Vana-Kasaritsa_(Kasaritsa)_vallavalitsus, lk 13
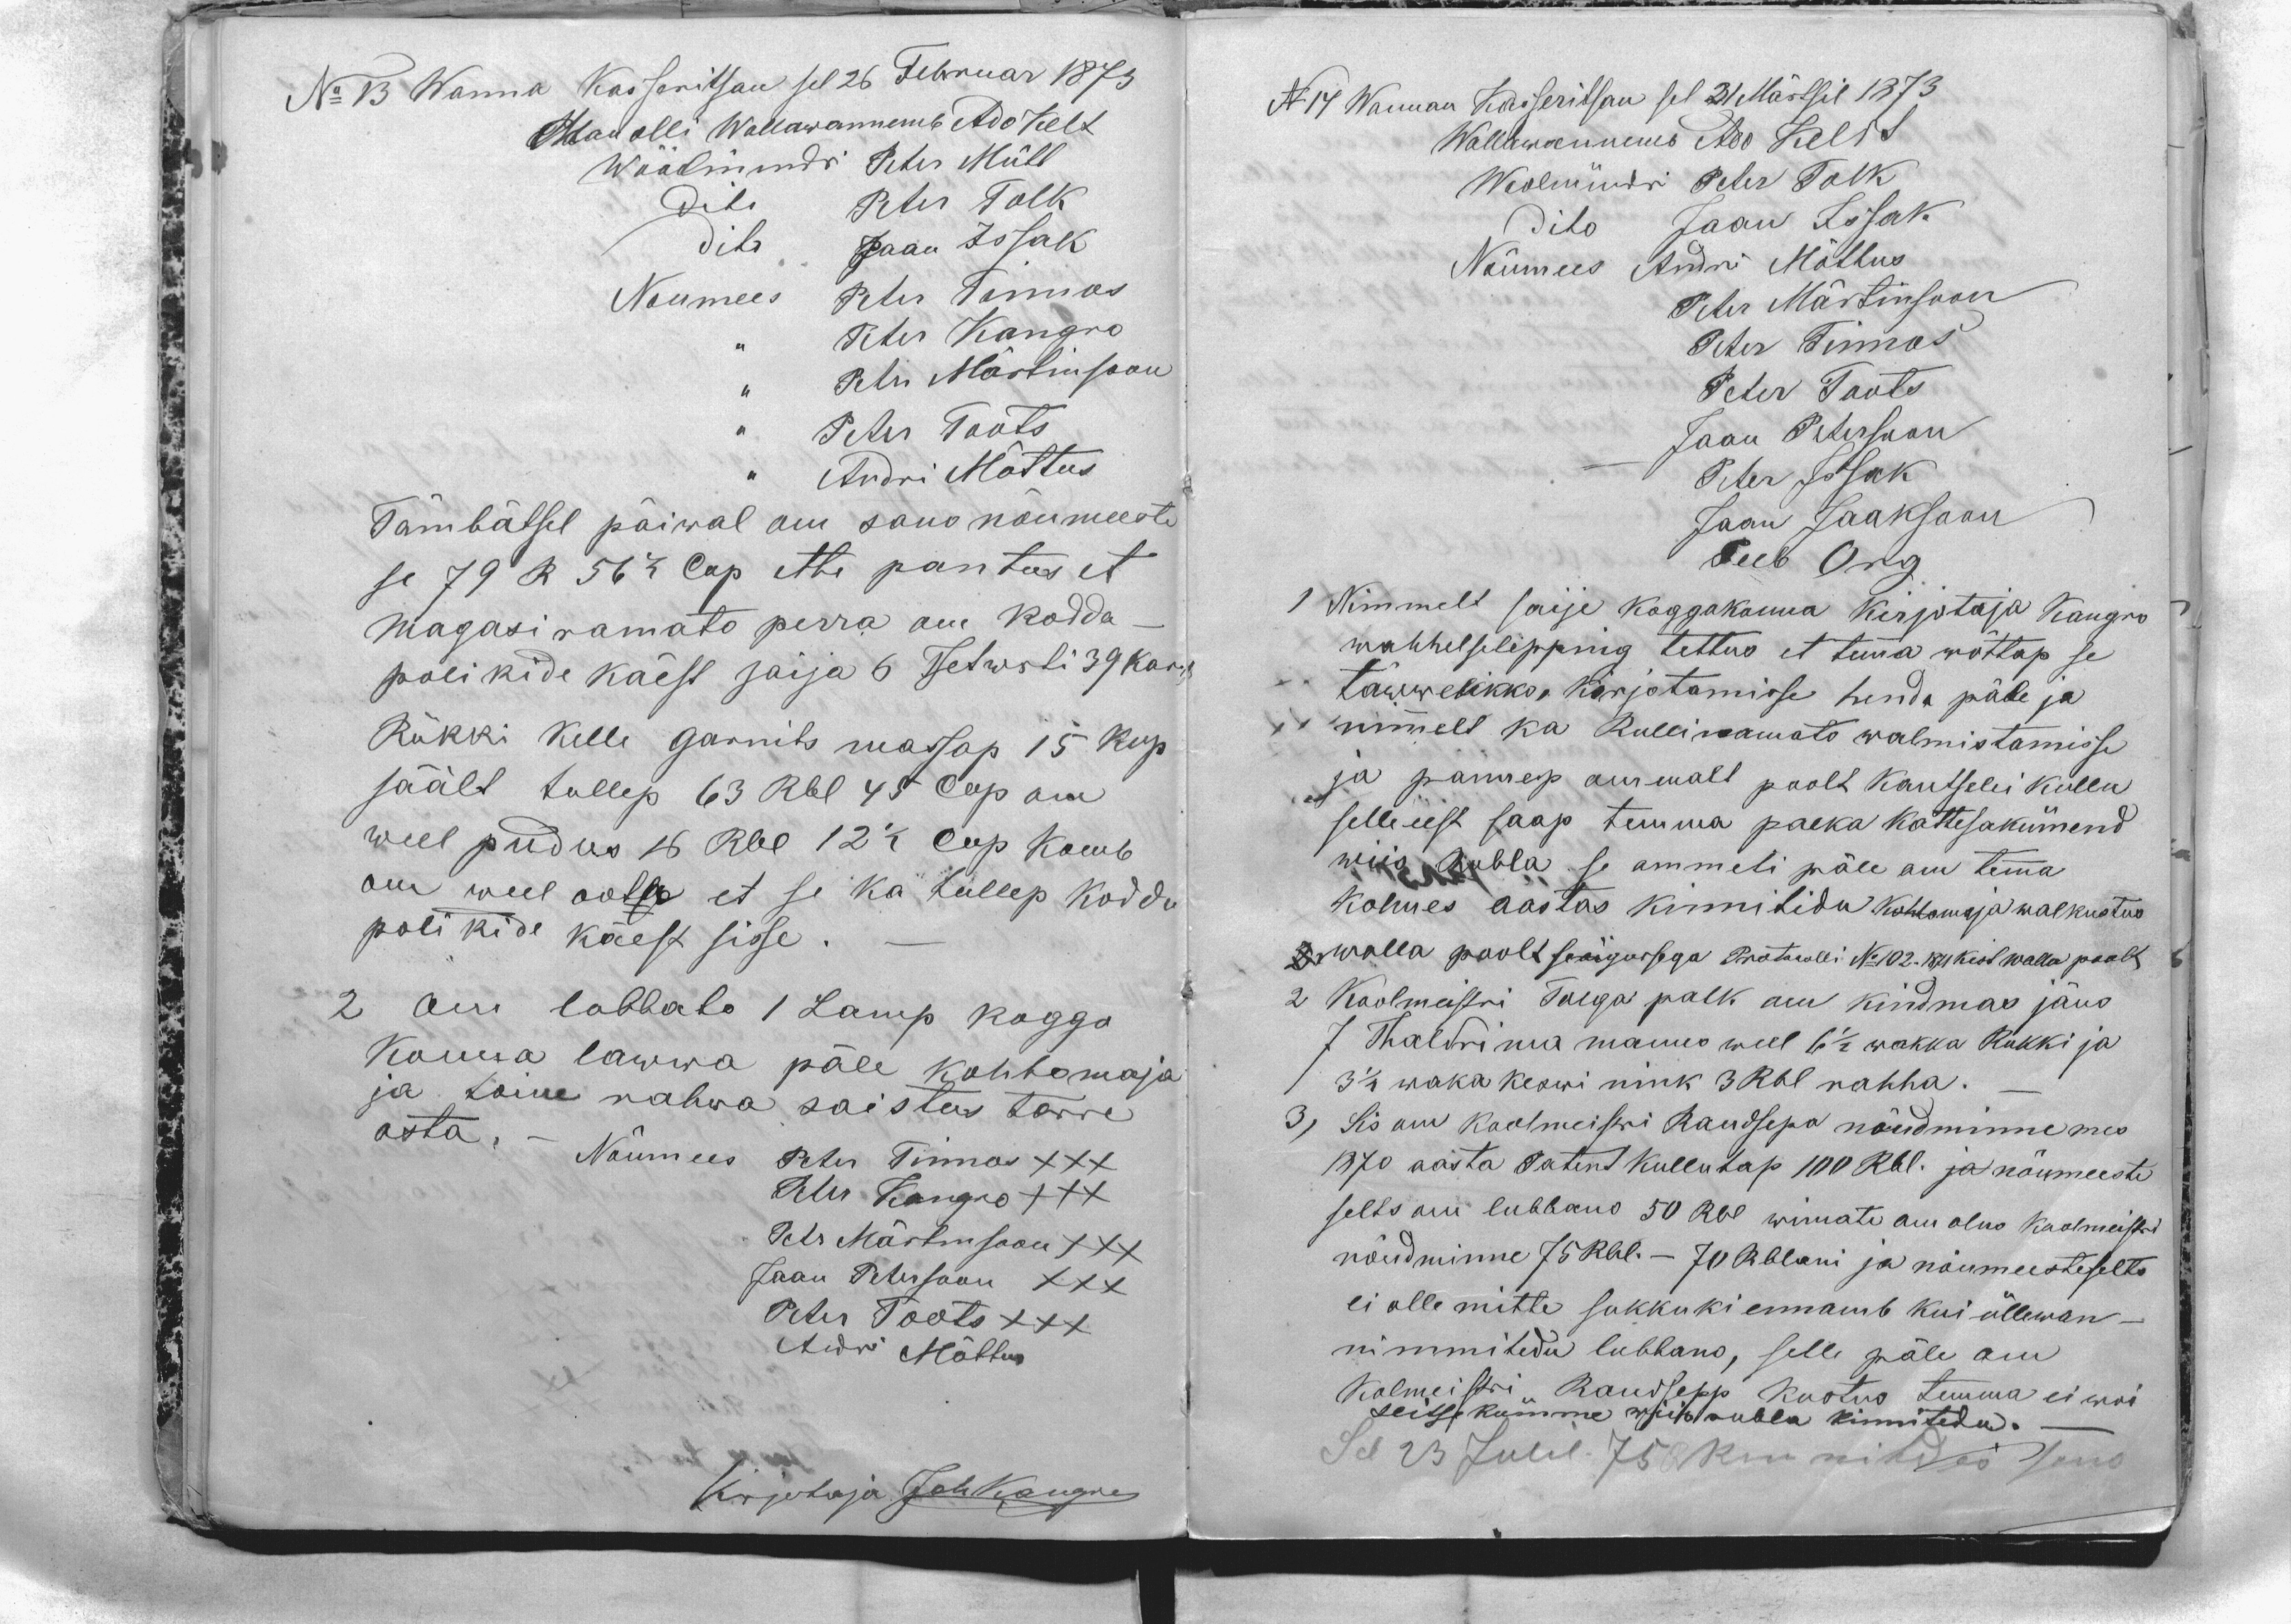
No 13 Wanna Kasseritsan sel 26 Februar 1873
Man olli Wallawannemb Ado Kelt
Wöölmündri Peter Mütt
dito Peter Tolk
dito Jaan Issak
Noumees Peter Tinnos
,, Peter Kangro
,, Peter Märtinsoon
,, Peter Toots
,, Andri Mõttus
Tämbätsel päiwal om sano nõumeeste
se 79 R 56 1/2 Cop ette pantus et
Magasi ramato perra om kodda-
polikide käest saija 6 Tsetwrti 39 karnits
Rükki kelle garnits massap 15 kop
säält tullep 63 Rbl 45 Cop om
weel pudus 16 Rbl 12 1/2 cop kamb
om weel oota et se ka tullep koddu
polikide käest sisse.-
2 om lubbato 1 Lamp koggo
Konna lawwa päle kohtomaja
ja toine rahwa saistus tarre
osta.
Nõumees Peter Tinnos XXX
Peter Kangro XXX
Petr Märtensoon XXX
Jaan Petersoon XXX
Peter Toots XXX
Andri Mõttus
Kirjotaja JohKangro

No 14 Wannan Kasseritsan sel 31 Märtsil 1873
Wallawannemb Ado Kelt
Woolmündri Peter Tolk
dito Jaan Issak
Nõumees Andri Mõttus
Peter Märtinsoon
Peter Tinnos
Peter Toots
Jaan Petersoon
Peter Issak
Jaan Jaaksoon
Peeb Org
1 Nimmelt saije koggokonna kirjotaja Kangro
wahhel se lepping tettus et temma wõttap se
täwwelikko kirjotamisse henda päle ja
ja nimmelt ka Rulliramato walmistamisse
ja pannep ommalt poolt Kantselei kullu
selle eest saap temma palka kattesakümend
wiis Rubla se ammeti päle om temma
kolmes aastas kinnitidu kohtomaja walkustus
2 walla poolt se õigussega Protocolli No 102.1871 kist walla poolt
2 Koolmeistri Tolga palk om kindmas jäus
7 Thaldri ma manno weel 6 1/2 wakka Rukki ja
3 1/2 waka keswi nink 3 Rbl rahha._
3, Sis om Koolmeistri Raudsepa nõudminne mes
1870 aasta Patent kullutap 100 Rbl. ja nõumeeste
selts om lubbano 50 Rbl wimate om olno koolmeistri
nõudminne 75 Rbl. - 70 Rblani ja nõumeesteselts
ei olle mitte sukkuki ennamb kui üllewan-
nimmitedu lubbano, selle päle om
kolmeistri Raudsepp kostus temma ei woi
seitse kümme wiis rubla kinnitedu._